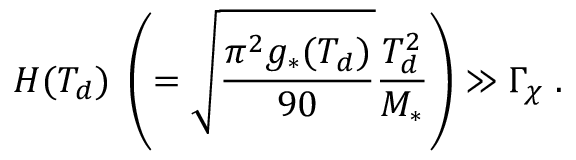
H ( T _ { d } ) \; \left( = \sqrt { \frac { \pi ^ { 2 } g _ { * } ( T _ { d } ) } { 9 0 } } \frac { T _ { d } ^ { 2 } } { M _ { * } } \right) \gg \Gamma _ { \chi } \; .